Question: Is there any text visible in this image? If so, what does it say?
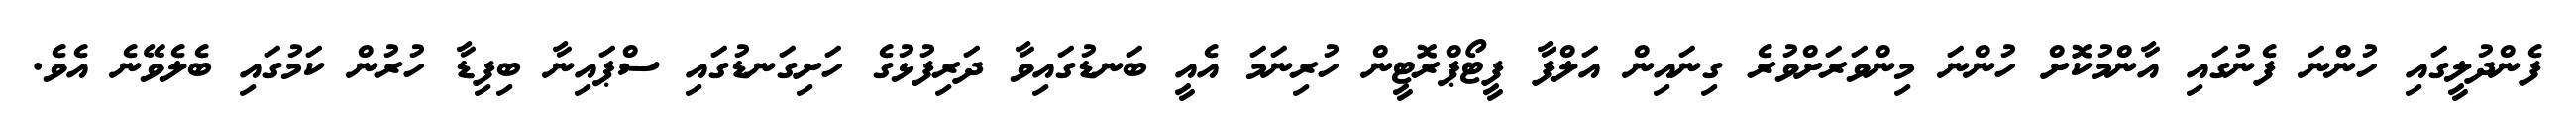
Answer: ފެންދުލީގައި ހުންނަ ފެނުގައި އާންމުކޮށް ހުންނަ މިންވަރަށްވުރެ ގިނައިން އަލްފާ ފީޓޯޕްރޮޓީން ހުރިނަމަ އެއީ ބަނޑުގައިވާ ދަރިފުޅުގެ ހަށިގަނޑުގައި ސްޕައިނާ ބިފިޑާ ހުރުން ކަމުގައި ބެލެވޭނެ އެވެ.